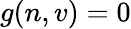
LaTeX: g(n,v)=0